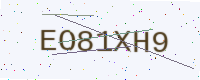
Text: EO81XH9